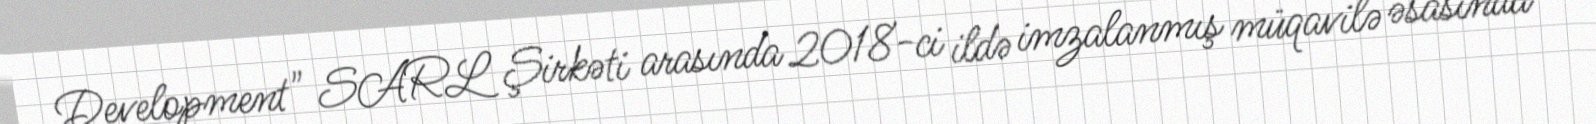
Development" SARL Şirkəti arasında 2018-ci ildə imzalanmış müqavilə əsasında